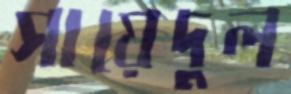
সায়েদুল